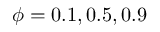
\phi = 0 . 1 , 0 . 5 , 0 . 9